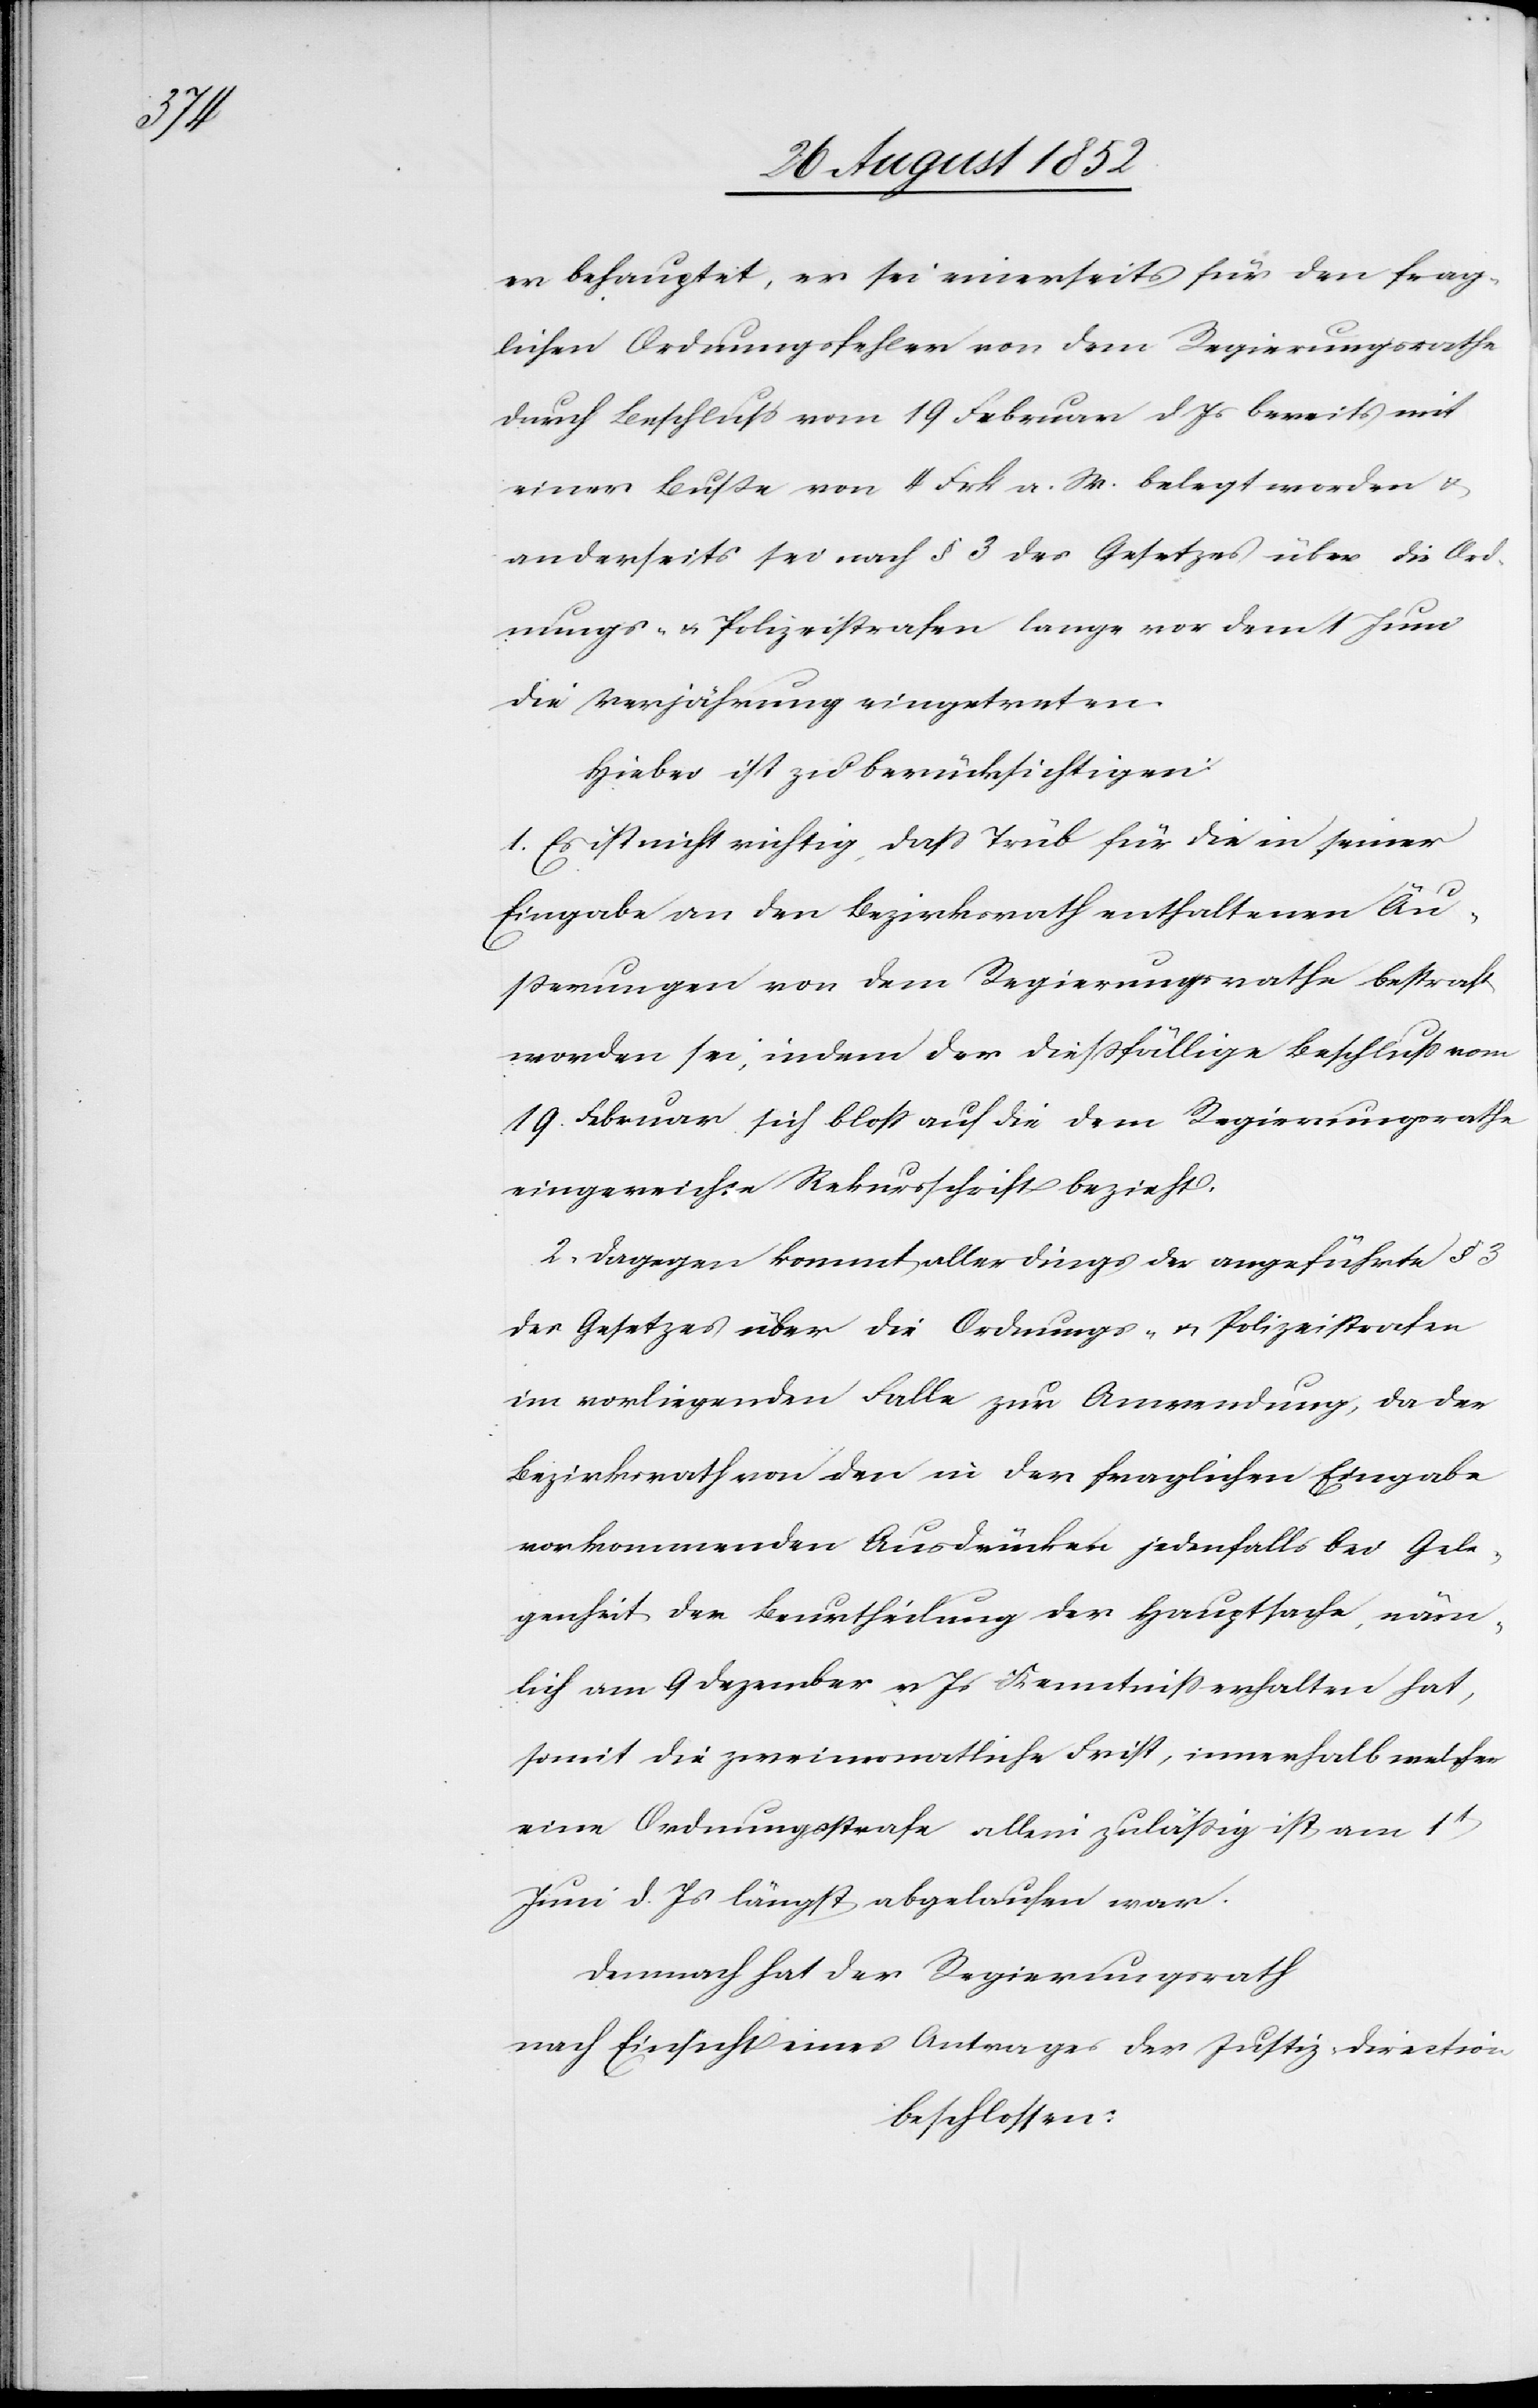
er behauptet, er sei einerseits für den frag¬
lichen Ordnungsfehler von dem Regierungsrathe
durch Beschluss vom 19 Februar d Js bereits mit
einer Buße von 4 Frk a. W. belegt worden &
anderseits sei nach § 3 des Gesetzes über die Ord¬
nungs- & Polizeistrafen lange vor dem 1 Juni
die Verjährung eingetreten.
Hiebei ist zu berücksichtigen:
1. Es ist nicht richtig, dass Trüb für die in seiner
Eingabe an den Bezirksrath enthaltenen Äu¬
ßerungen von dem Regierungsrathe bestraft
worden sei, indem der dießfällige Beschluss vom
19. Februar sich bloss auf die dem Regierungsrathe
eingereichte Rekursschrift bezieht.
2, Dagegen kommt allerdings der angeführte § 3
des Gesetzes über die Ordnungs- & Polizeistrafen
im vorliegenden Falle zur Anwendung, da der
Bezirksrath von den in der fraglichen Eingabe
vorkommenden Ausdrücken jedenfalls bei Gele¬
genheit der Beurtheilung der Hauptsache, näm¬
lich am 9 Dezember v Js Kenntniss erhalten hat,
somit die zweimonatliche Frist, innerhalb welcher
eine Ordnungsstrafe allein zuläßig ist am 1t
Juni d. Js längst abgelaufen war.
Demnach hat der Regierungsrath
nach Einsicht eines Antrages der Justiz-Direction
beschlossen: